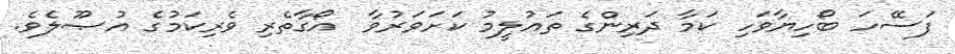
ފަސޭހަ ބޯހިޔާވަހި ކަމާ ދަރިންގެ ތަޢުލީމު ކަށަވަރުވާ  އޯގާތެރި ވެރިކަމުގެ އުޞޫލެވެ.